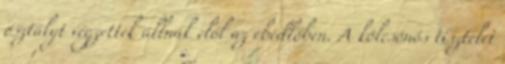
osztályt végzettek állnak elől az ebédlőben. A kölcsönös tisztelet